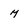
Character: m